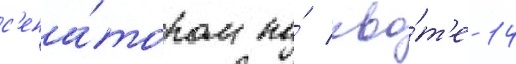
с'ена́тором по́ кво́т'е 14